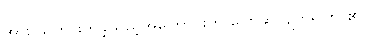
အား သတ်ဖြတ်ခဲ့သည့်အကြောင်းကို ပြောဆိုလျက်ရှိကြ ၏။